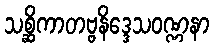
သစ္ဆိကာတဗ္ဗနိဒ္ဒေသဝဏ္ဏနာ